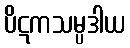
ပိဋကသမ္ပဒါယ